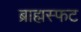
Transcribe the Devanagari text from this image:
ब्राह्मस्फट